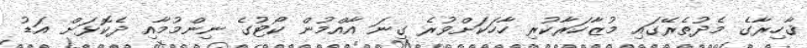
ޤާހިރާގެ މެދުތެރޭގައި މުޒާހަރާކުރި ހާހަކަށްވުރެ ގިނަ އާއްމުން ކޯޓުގެ ނިންމުމާއި ދެކޮޅަށް އަޑު